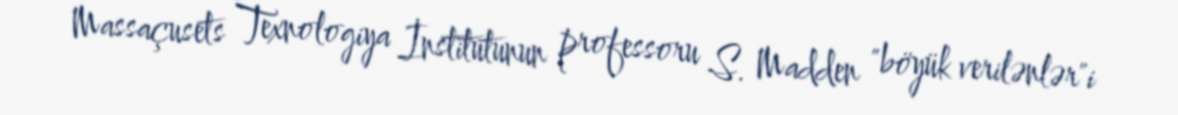
Massaçusets Texnologiya İnstitutunun professoru S. Madden "böyük verilənlər"i